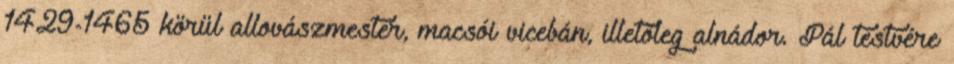
1429-1465 körül allovászmester, macsói vicebán, illetőleg alnádor. Pál testvére